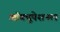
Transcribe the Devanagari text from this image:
ऑक्यूपेशनल